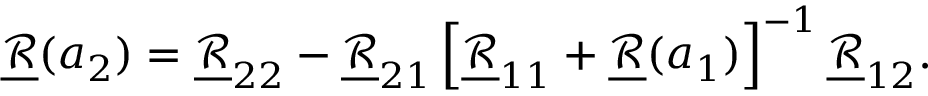
\underline { { \mathcal { R } } } ( a _ { 2 } ) = \underline { { \mathcal { R } } } _ { 2 2 } - \underline { { \mathcal { R } } } _ { 2 1 } \left[ \underline { { \mathcal { R } } } _ { 1 1 } + \underline { { \mathcal { R } } } ( a _ { 1 } ) \right] ^ { - 1 } \underline { { \mathcal { R } } } _ { 1 2 } .